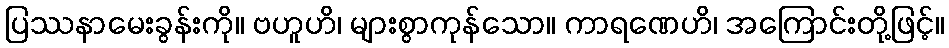
ပြဿနာမေးခွန်းကို။ ဗဟူဟိ၊ များစွာကုန်သော။ ကာရဏေဟိ၊ အကြောင်းတို့ဖြင့်။